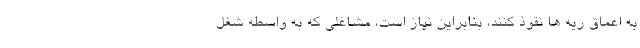
به اعماق ریه ها نقوذ کنند، بنابراین نیاز است، مشاغلی که به واسطه شغل